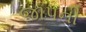
જાપની